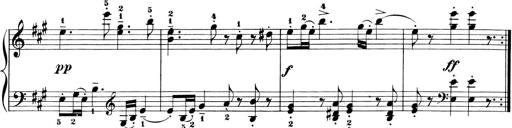
Title: 6 Piano Sonatinas
Composer: Cornelius Gurlitt